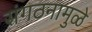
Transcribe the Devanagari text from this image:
संगठनामुळे